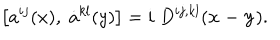
\left[ a ^ { i j } ( x ) , \; \dot { a } ^ { k l } ( y ) \right] = i \; D ^ { i j , k l } ( { \bf x - y } ) .